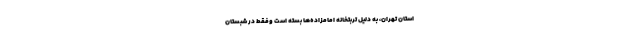
استان تهران، به دلیل تربتخانه امامزاده‌ها بسته است و‌فقط در شبستان